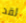
لقد